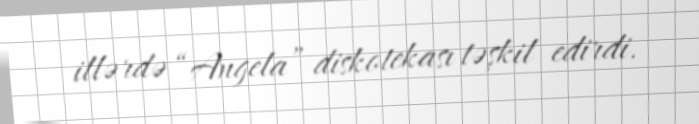
illərdə “Angela” diskotekası təşkil edirdi.